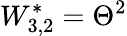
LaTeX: W_{3,2}^{*}=\Theta^{2}